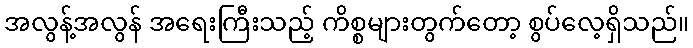
အလွန့်အလွန် အရေးကြီးသည့် ကိစ္စများတွက်တော့ စွပ်လေ့ရှိသည်။